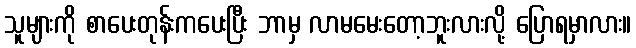
သူများကို စာပေးတုန်းကပေးပြီး ဘာမှ လာမမေးတော့ဘူးလားလို့ ပြောရမှာလား။